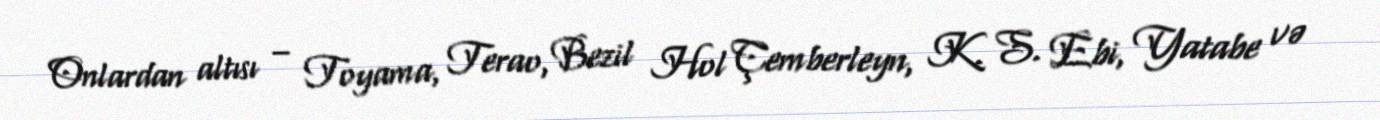
Onlardan altısı – Toyama, Terao, Bezil Hol Çemberleyn, K. S. Ebi, Yatabe və